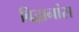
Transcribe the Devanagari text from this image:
विद्वानांस